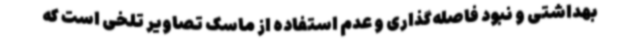
بهداشتی و نبود فاصله‌گذاری و عدم استفاده از ماسک تصاویر تلخی است که